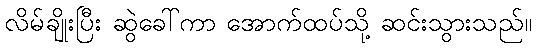
လိမ်ချိုးပြီး ဆွဲခေါ်ကာ အောက်ထပ်သို့ ဆင်းသွားသည်။